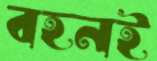
বহনই